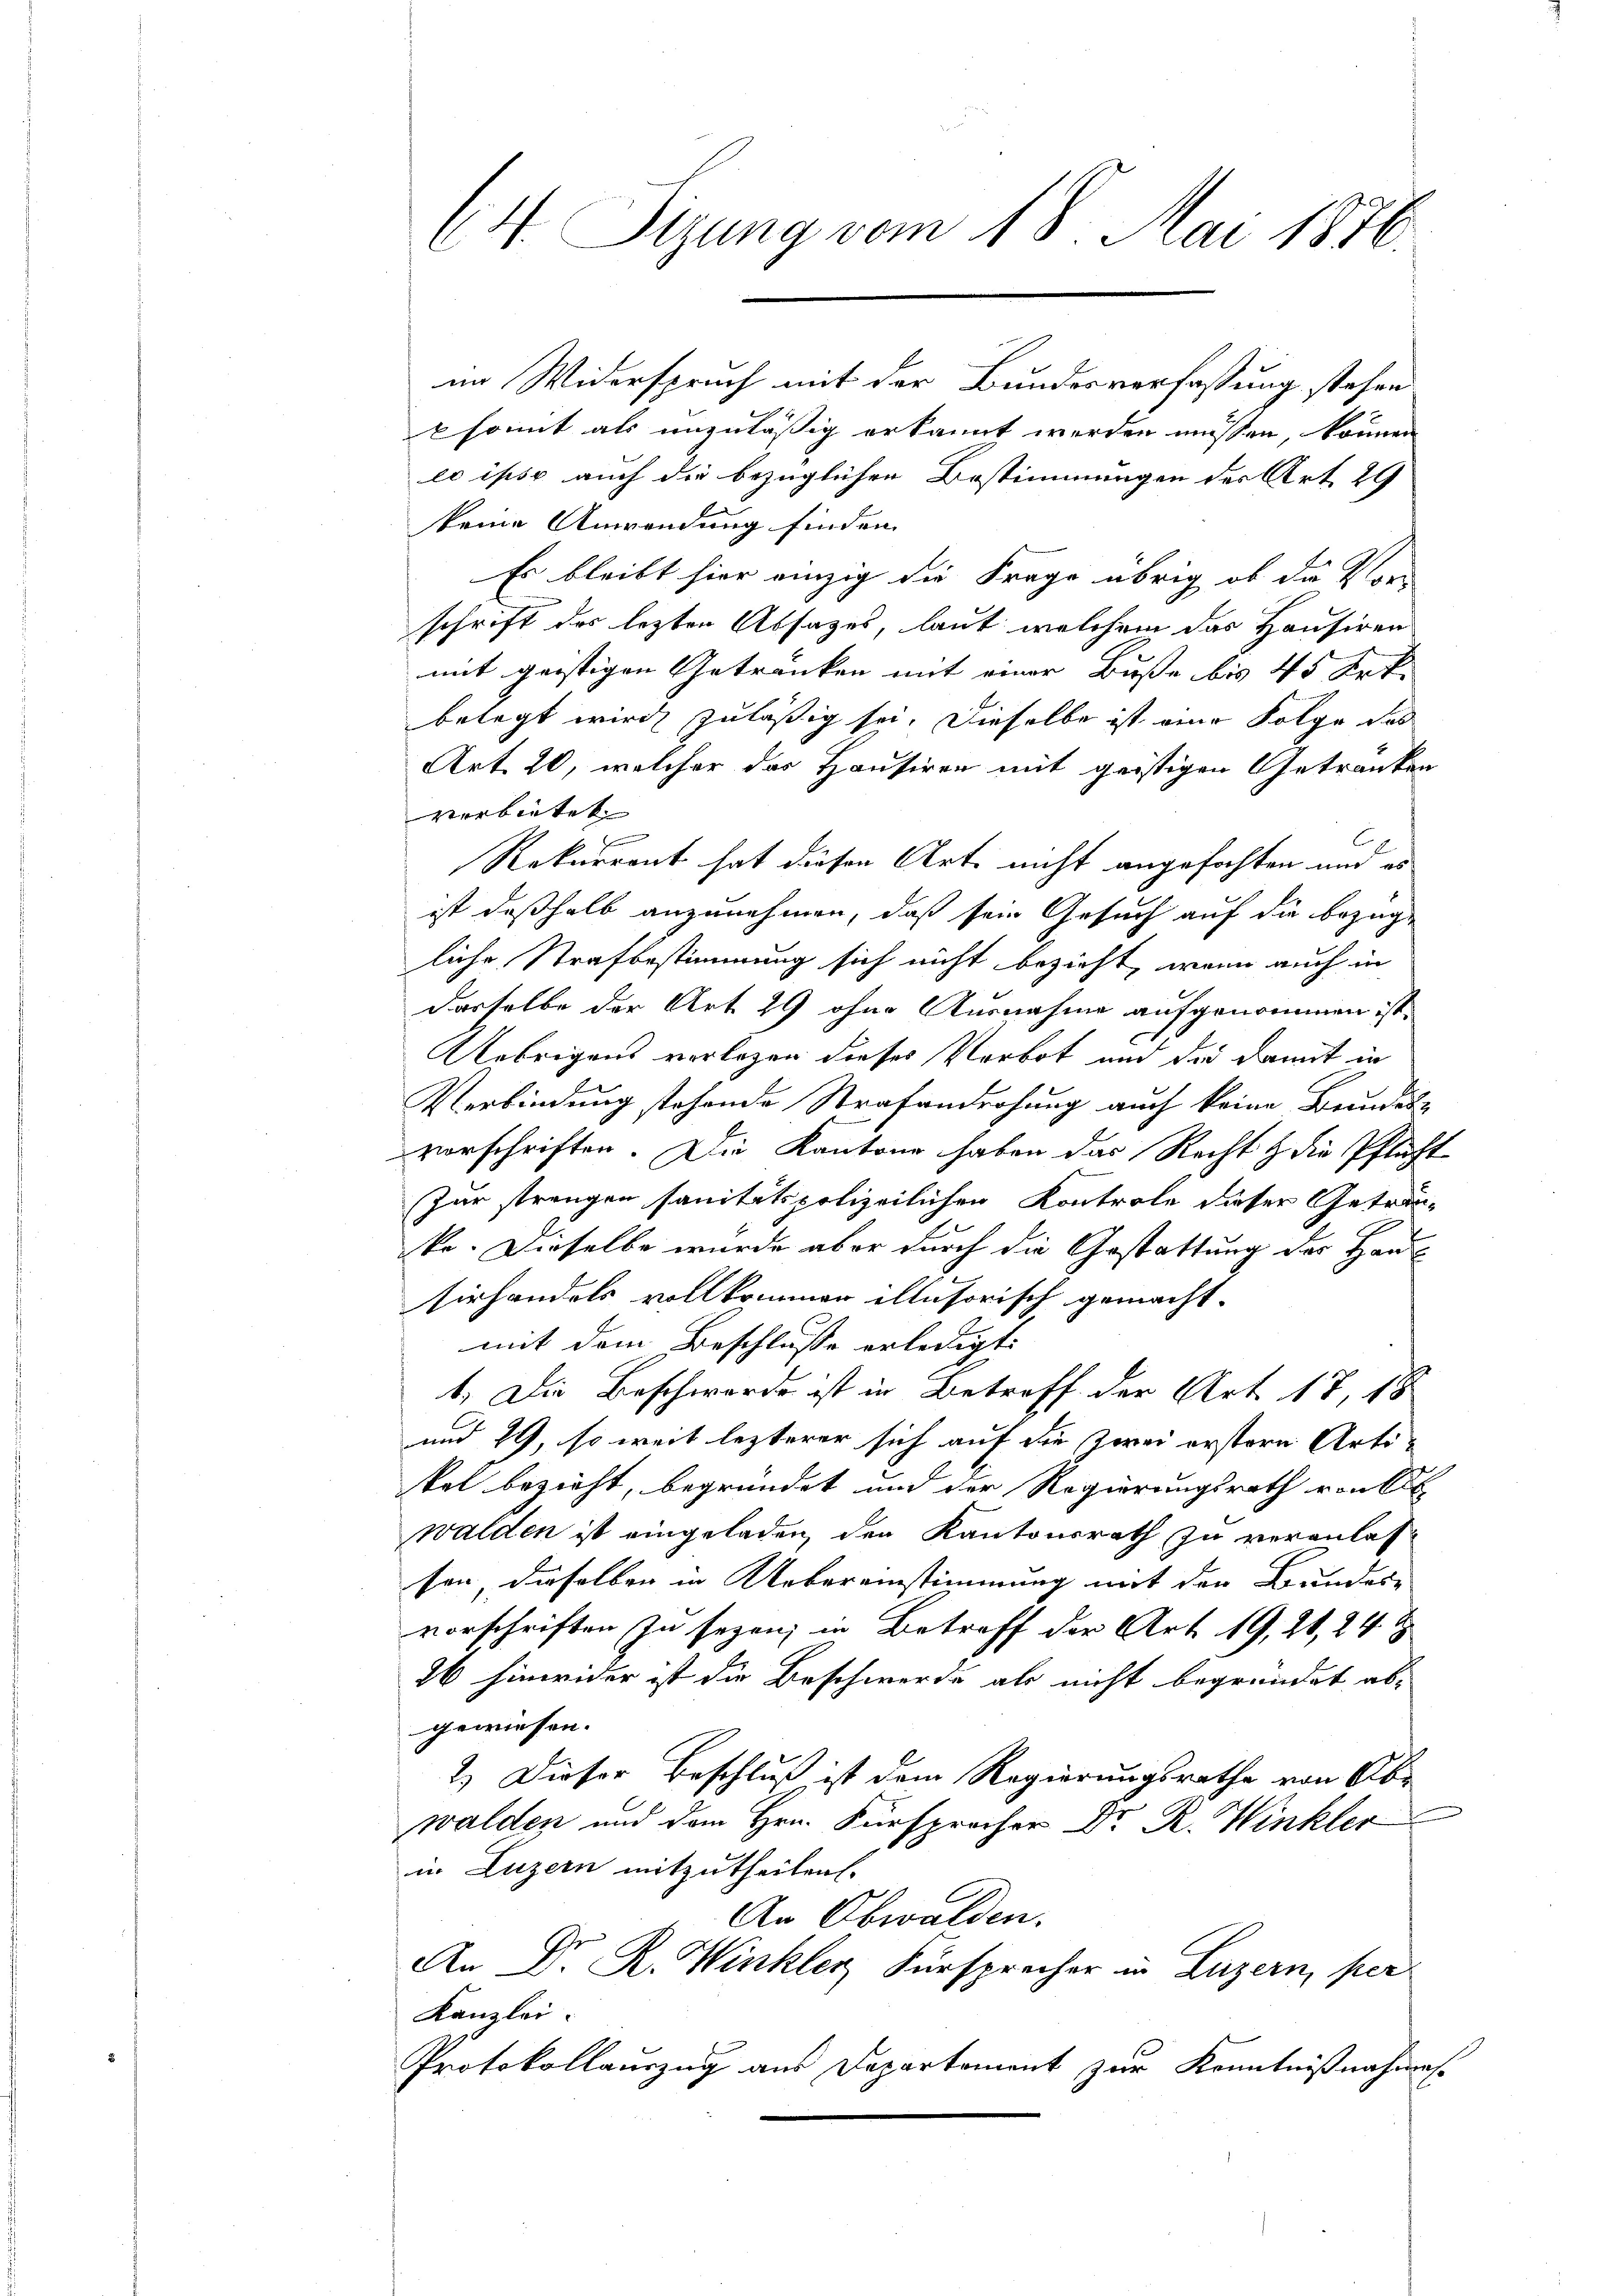
64. Sizung vom 18. Mai 1876.

im Widerspruch mit der Bundesverfassung stehen
psomit als unzuläßig erkannt werden müssen, können
eo ipso auch die bezüglichen Bestimmungen der Art. 29
keine Anwendung finden.
Es bleibt hier einzig die Frage übrig ob die Vor-
schrift des lezten Absatzes, laut welchem das Hausiren
mit geistigen Getränken mit einer Buße bis 45 Art.
belegt wird zuläßig sei. Dieselbe ist eine Folge das
Art. 20, welcher das Hausiren mit geistigen Getränken
verbietet |
n
Rekurrent hat diesen Orte nicht angefochten und es
ist deßhalb anzunehmen, daß sein Gesuch auf die bezügliche Strafbestimmung sich nicht bezieht, wenn auch in
derselbe der Art. 29 ohne Ausnahme aufgenommen ist.
Uebrigens verlegen dieses Verbot und die damit in
Verbindung stehende Strafandrohung auch keine Brundes-
vorschriften. Die Kantone haben das Recht & die Pflicht
Zur strengen sanitätspolizeilichen Kontrole dieser Getrenke. Dieselbe wurde aber durch die Gestattung des Haus¬
Eirhandels vollkommen illusorisch gemacht.
mit dem Beschlusse erledigt:
1. Die Beschwerde ist in Betreff der Art. 17, 18
und 29, so weit lezterer sich auf die zwei erstern Arti-
kal bezieht, begründet und der Regierungsrath von St
walden ist eingeladen, den Kantonsrath zu veranlassen, dieselben in Uebereinstimmung mit den Bundes-
vorschriften zu seyen; in Betreff der Art. 19, 21, 24.
26 hinwider ist die Beschwerde als nicht begründet ab-
gewiesen.
2.) Dieser Beschluß ist dem Regierungsrathe von Ab-
walden und dem Hrn. Fürsprocher Dr. R. Winkler
in Luzern mitzutheilen.
An Obwalden.
An Dr. R. Winkler Fürsprecher in Luzern, per
Kanzlei.
Protokollauszug aus Departement zur Kenntnißnahmes-